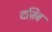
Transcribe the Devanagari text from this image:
दज़िब